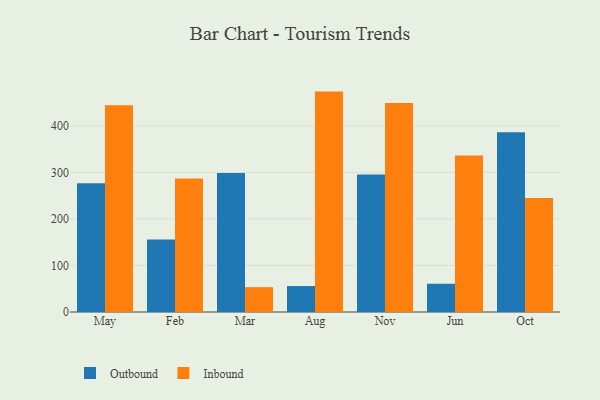
{"axis": {"x": "Month", "y": "Shipments"}, "legend": ["Inbound", "Outbound"], "data": [{"x": "May", "y": 276.4, "type": "Outbound"}, {"x": "May", "y": 444.3, "type": "Inbound"}, {"x": "Feb", "y": 155.6, "type": "Outbound"}, {"x": "Feb", "y": 286.9, "type": "Inbound"}, {"x": "Mar", "y": 298.7, "type": "Outbound"}, {"x": "Mar", "y": 53.4, "type": "Inbound"}, {"x": "Aug", "y": 55.8, "type": "Outbound"}, {"x": "Aug", "y": 473.6, "type": "Inbound"}, {"x": "Nov", "y": 295.7, "type": "Outbound"}, {"x": "Nov", "y": 448.9, "type": "Inbound"}, {"x": "Jun", "y": 60.7, "type": "Outbound"}, {"x": "Jun", "y": 336.1, "type": "Inbound"}, {"x": "Oct", "y": 386.1, "type": "Outbound"}, {"x": "Oct", "y": 244.8, "type": "Inbound"}]}